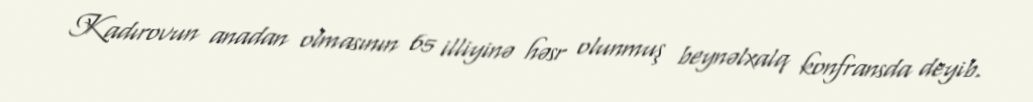
Kadırovun anadan olmasının 65 illiyinə həsr olunmuş beynəlxalq konfransda deyib.